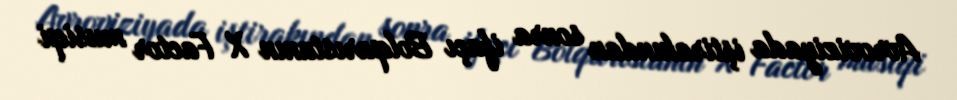
Avroviziyada iştirakından sonra ifaçı Bolqarıstanın X Factor musiqi